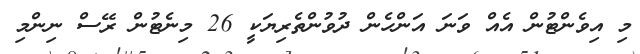
މި އިވެންޓުން އެއް ވަނަ އަންހެން ދުވުންތެރިޔަކީ 26 މިނެޓުން ރޭސް ނިންމި